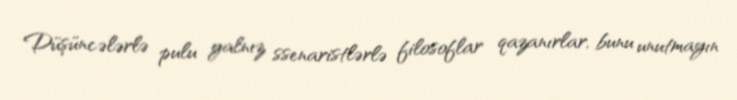
Düşüncələrlə pulu yalnız ssenaristlərlə filosoflar qazanırlar, bunu unutmayın